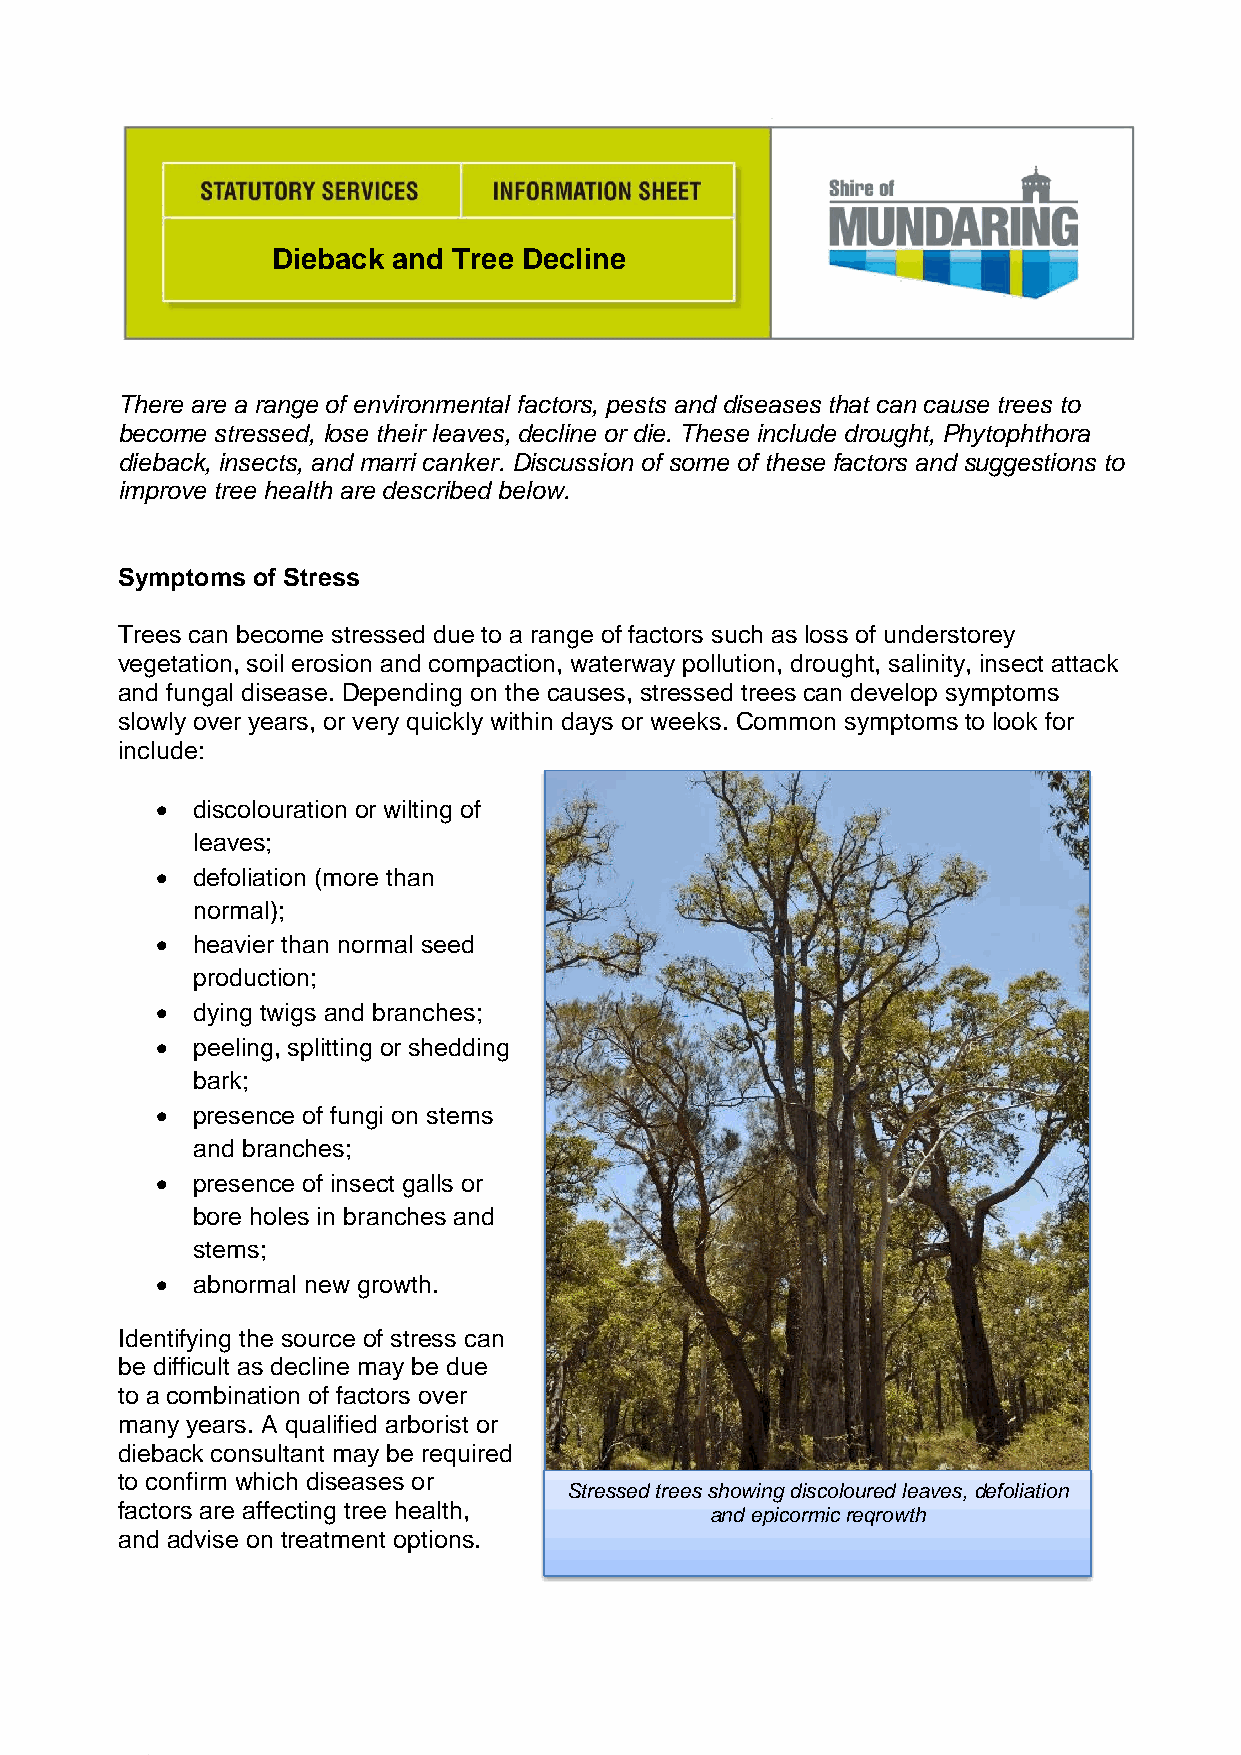
Dieback and Tree Decline
 There are a range of environmental factors, pests and diseases that can cause trees to
 become stressed, lose their leaves, decline or die. These include drought, Phytophthora
 dieback, insects, and marri canker. Discussion of some of these factors and suggestions to
 improve tree health are described below.
 Symptoms of Stress
 Trees can become stressed due to a range of factors such as loss of understorey
 vegetation, soil erosion and compaction, waterway pollution, drought, salinity, insect attack
 and fungal disease. Depending on the causes, stressed trees can develop symptoms
 slowly over years, or very quickly within days or weeks. Common symptoms to look for
 include:
   discolouration or wilting of
 leaves;
   defoliation (more than
 normal);
   heavier than normal seed
 production;
   dying twigs and branches;
   peeling, splitting or shedding
 bark;
   presence of fungi on stems
 and branches;
   presence of insect galls or
 bore holes in branches and
 stems;
   abnormal new growth.
 Identifying the source of stress can
 be difficult as decline may be due
 to a combination of factors over
 many years. A qualified arborist or
 dieback consultant may be required
 to confirm which diseases or
 Stressed trees showing discoloured leaves, defoliation
 factors are affecting tree health,
 and epicormic reqrowth
 and advise on treatment options.